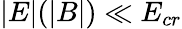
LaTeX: |E|(|B|)\ll E_{cr}